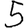
Digit: 5